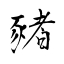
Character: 豬